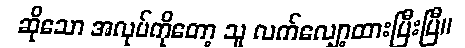
ဆိုသော အလုပ်ကိုတော့ သူ လက်လျှော့ထားပြီးပြီ။